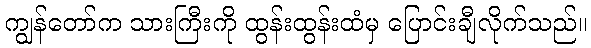
ကျွန်တော်က သားကြီးကို ထွန်းထွန်းထံမှ ပြောင်းချီလိုက်သည်။